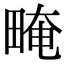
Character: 㽢